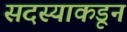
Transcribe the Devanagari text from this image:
सदस्याकडून